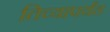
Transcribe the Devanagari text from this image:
तिच्यापर्यंत